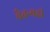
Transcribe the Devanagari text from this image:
चैतन्यही